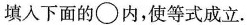
填入下面的〇内，使等式成立。